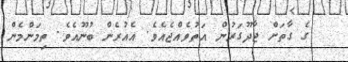
ގެ ގާތަށް ޖާދޫގަރުން އަތުވެއްޖެއެވެ. އެއުރެން ބުނޫއެވެ. ތިމަންމެން